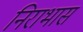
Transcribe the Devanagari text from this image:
निराभासं